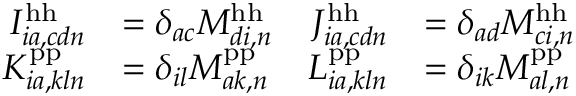
\begin{array} { r l r l } { I _ { i a , c d n } ^ { \mathrm { h h } } } & { = \delta _ { a c } M _ { d i , n } ^ { \mathrm { h h } } } & { J _ { i a , c d n } ^ { \mathrm { h h } } } & { = \delta _ { a d } M _ { c i , n } ^ { \mathrm { h h } } } \\ { K _ { i a , k l n } ^ { \mathrm { p p } } } & { = \delta _ { i l } M _ { a k , n } ^ { \mathrm { p p } } } & { L _ { i a , k l n } ^ { \mathrm { p p } } } & { = \delta _ { i k } M _ { a l , n } ^ { \mathrm { p p } } } \end{array}